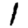
Digit: 1